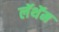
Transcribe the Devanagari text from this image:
लॅथॅम